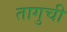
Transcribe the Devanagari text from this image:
तागुची